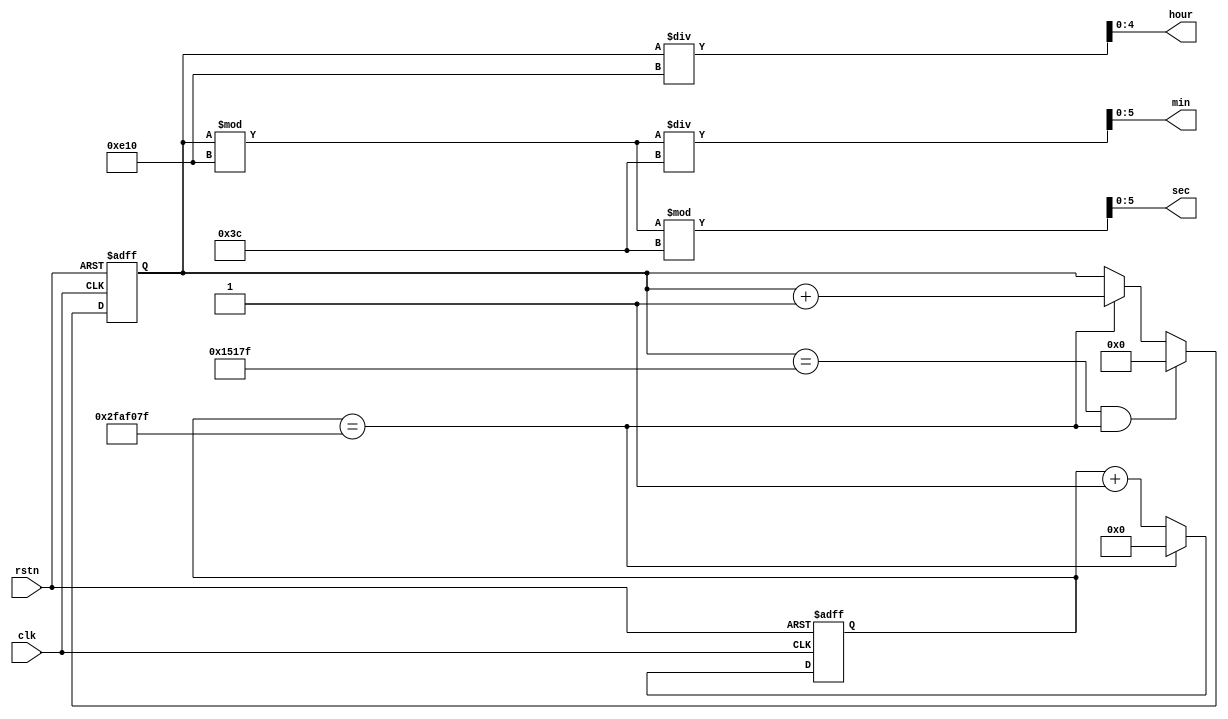
module counter(
	input	wire			clk		,
	input	wire			rstn	,

	output	reg		[4:0]	hour	,
	output	reg		[5:0]	min		,
	output	reg		[5:0]	sec

);

localparam MAX_1S	=	26'd50_000_000	;
localparam MAX_DAY	=	17'd86_400		;

reg		[25:0]		cnt_1s;
reg		[16:0]		cnt_day;

//1s counter
always@(posedge clk or negedge rstn)begin
	if(!rstn)
		cnt_1s <= 26'd0;
	else if (cnt_1s == MAX_1S -1'd1)
		cnt_1s <= 26'd0;
	else
		cnt_1s <= cnt_1s + 1'd1;
end


//day counter
always@(posedge clk or negedge rstn)begin
	if(!rstn)
		cnt_day <= 17'd0;
	else if (cnt_day == MAX_DAY -1'd1 && cnt_1s == MAX_1S -1'd1)
		cnt_day <= 26'd0;
	else if(cnt_1s == MAX_1S -1'd1)
		cnt_day <= cnt_day + 1'd1;
	else
		cnt_day <= cnt_day;
end

always@(*)begin
	hour 	= 	cnt_day	/ 12'd3600					;
	min		=	(cnt_day % 12'd3600) / 6'd60		;
	sec		=	(cnt_day % 12'd3600) % 6'd60		;
end

endmodule